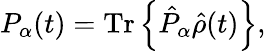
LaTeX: P_{\alpha}(t)=\textrm{Tr}\left\{ \hat{P}_{\alpha}\hat{{\rho}}(t)\right\} ,